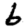
Digit: 6